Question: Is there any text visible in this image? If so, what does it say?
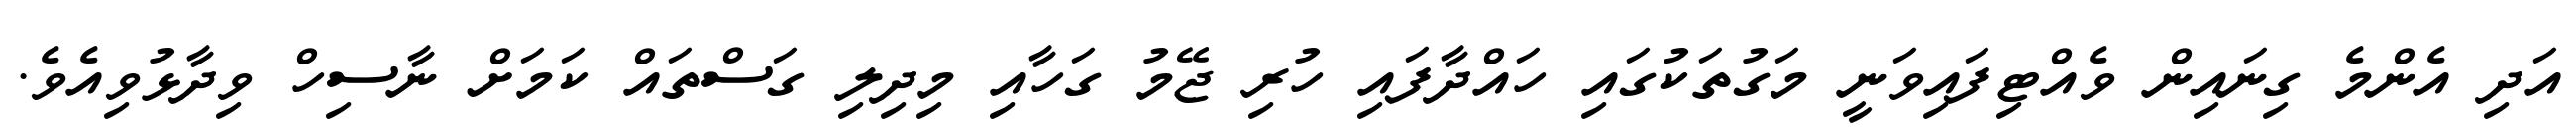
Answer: އަދި އެންމެ ގިނައިން ވެއްޓިފައިވަނީ މަގުތަކުގައި ހައްދާފައި ހުރި ޖޭމު ގަހާއި މިދިލި ގަސްތައް ކަމަށް ނާސިހް ވިދާޅުވިއެވެ.